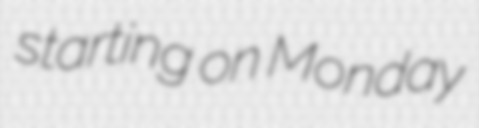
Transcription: starting on Monday